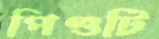
পিণ্ডটি